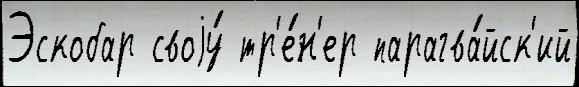
Эскобар своjу́ тр'е́н'ер парагва́йск'ий